Kominterni_Eesti_sektsioon_Moskvas, lk 30
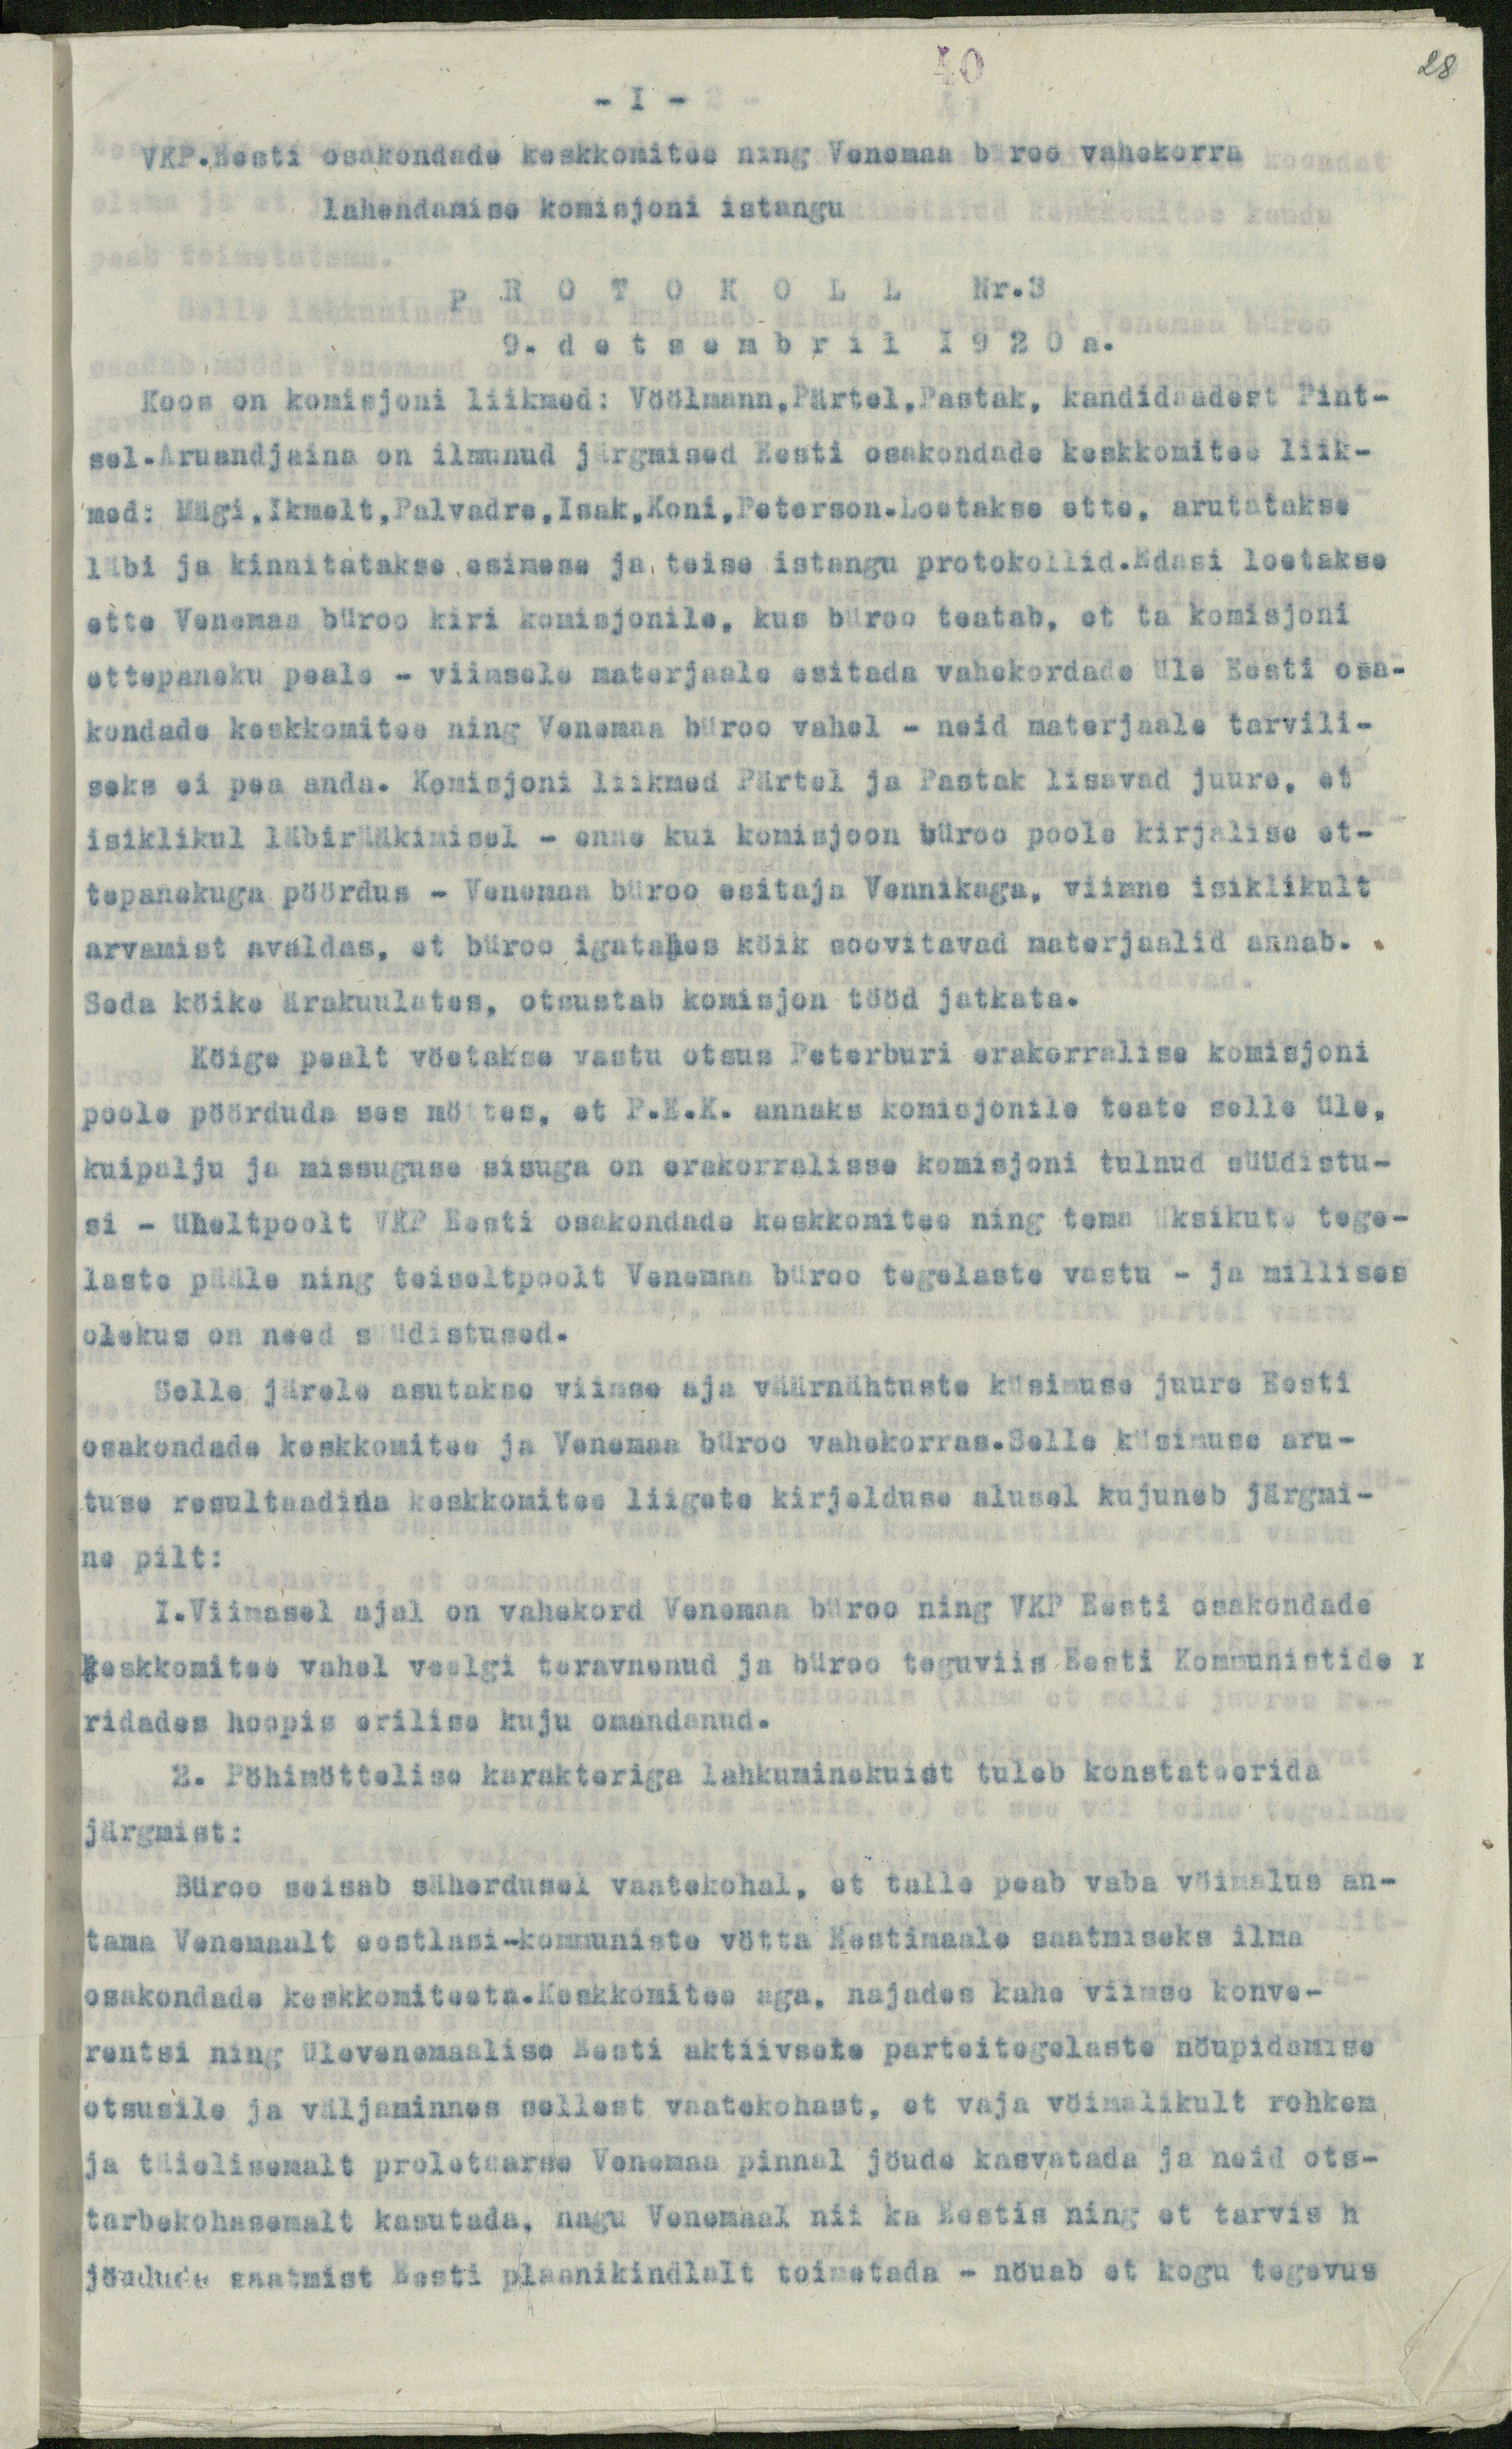
28

- I -
VKP.Eesti osakondade keskkomitee ning Venemaa büroo vahekorra
lahendamise komisjoni istangu
PROTOKOLL Nr.3
9. detsembril 1920 a.
Koos on komisjoni liikmed: Vöölmann,Pärtel,Pastak, kandidaadest Pint-
sel.Aruandjaina on ilmunud järgmised Eesti osakondade keskkomitee liik-
med: Mägi, Ikmelt, Palvadre, Isak, Koni, Peterson.Loetakse ette, arutatakse
läbi ja kinnitatakse esimese ja teise istangu protokollid.Edasi loetakse
ette Venemaa büroo kiri komisjonile, kus büroo teatab, et ta komisjoni
ettepaneku peale - viimsele materjaale esitada vahekordade üle Eesti osa-
kondade keskkomitee ning Venemaa büroo vahel - neid materjaale tarvili-
seks ei pea anda. Komisjoni liikmed Pärtel ja Pastak lisavad juure, et
isiklikul läbirääkimisel - enne kui komisjoon büroo poole kirjalise et-
tepanekuga pöördus - Venemaa büroo esitaja Vennikaga, viimne isiklikult
arvamist avaldas, et büroo igatahes köik soovitavad materjaalid annab.
Seda köike ärakuulates, otsustab komisjon tööd jatkata.
Köige pealt vöetakse vastu otsus Peterburi erakorralise komisjoni
poole pöörduda ses möttes, et P.E.K. annaks komisjonile teate selle üle,
kuipalju ja missuguse sisuga on erakorralisse komisjoni tulnud süüdistu-
si - üheltpoolt VKP Eesti osakondade keskkomitee ning tema üksikute tege-
laste pääle ning teiseltpoolt Venemaa büroo tegelaste vastu - ja millises
olekus on need süüdistused.
Selle järele asutakse viimse aja väärnähtuste küsimuse juure Eesti
osakondade keskkomitee ja Venemaa büroo vahekorras.Selle küsimuse aru-
tuse resultaadina keskkomitee liigete kirjelduse alusel kujuneb järgmi-
ne pilt:
I.Viimasel ajal on vahekord Venemaa büroo ning VKP Eesti osakondade
keskkomitee vahel veelgi teravnenud ja büroo teguviis Eesti Kommunistide
ridades hoopis erilise kuju omandanud.
2. Pöhimöttelise karakteriga lahkuminekuist tuleb konstateerida
järgmist:
Büroo seisab säherdusel vaatekohul, et talle peab vaba vöimalus an-
tama Venemaalt eestlasi-kommuniste vötta Eestimaale saatmiseks ilma
osakondade keskkomiteeta.Keskkomitee aga, najades kahe viimse konve-
rentsi ning ülevenemaalise Eesti aktiivsete parteitegelaste nöupidamise
otsusile ja väljaminnes sellest vaatekohast, et vaja vöimalikult rohkem
ja täielisemalt proletaarse Venemaa pinnal jöude kasvatada ja neid ots-
tarbekohasemalt kasutada, nagu Venemaal nii ka Eestis ning et tarvis h
jöudude saatmist Eesti plaanikindlalt toimetada - nöuab et kogu tegevus